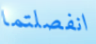
انفصلتما